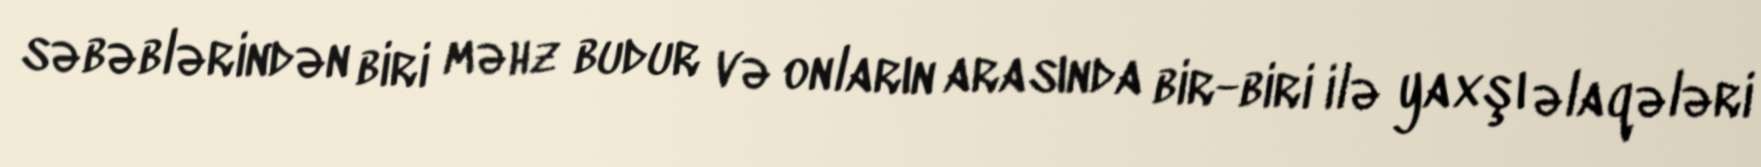
səbəblərindən biri məhz budur və onların arasında bir-biri ilə yaxşı əlaqələri